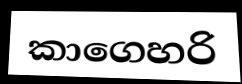
කාගෙහරි